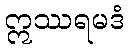
ဣဿရမဒံ